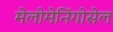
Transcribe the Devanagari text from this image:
मेलोमेनिंगोसेल